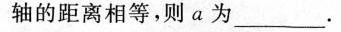
轴的距离相等，则a为_____________。